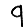
Digit: 9